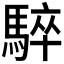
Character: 𩤏